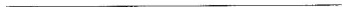
___